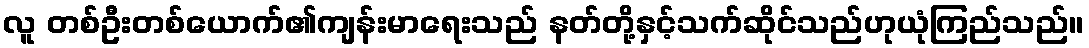
လူ တစ်ဦးတစ်ယောက်၏ကျန်းမာရေးသည် နတ်တို့နှင့်သက်ဆိုင်သည်ဟုယုံကြည်သည်။